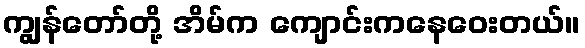
ကျွန်တော်တို့ အိမ်က ကျောင်းကနေဝေးတယ်။